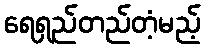
ရေရှည်တည်တံ့မည့်